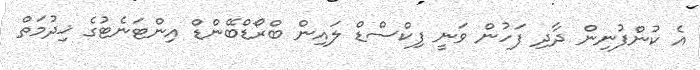
އެ ކުންފުނިން ދާދި ފަހުން ވަނީ ފިކްސްޑް ލައިން ބްރޯޑްބޭންޑް އިންޓަނެޓުގެ ޚިދުމަތް